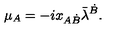
\mu _ { A } = - i x _ { A \dot { B } } \bar { \lambda } ^ { \dot { B } } .